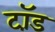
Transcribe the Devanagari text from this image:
टॉ़ड